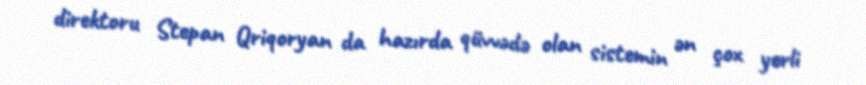
direktoru Stepan Qriqoryan da hazırda qüvvədə olan sistemin ən çox yerli